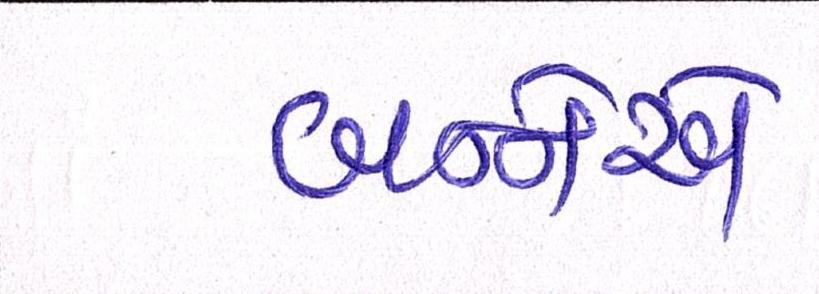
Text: બન્નેએ